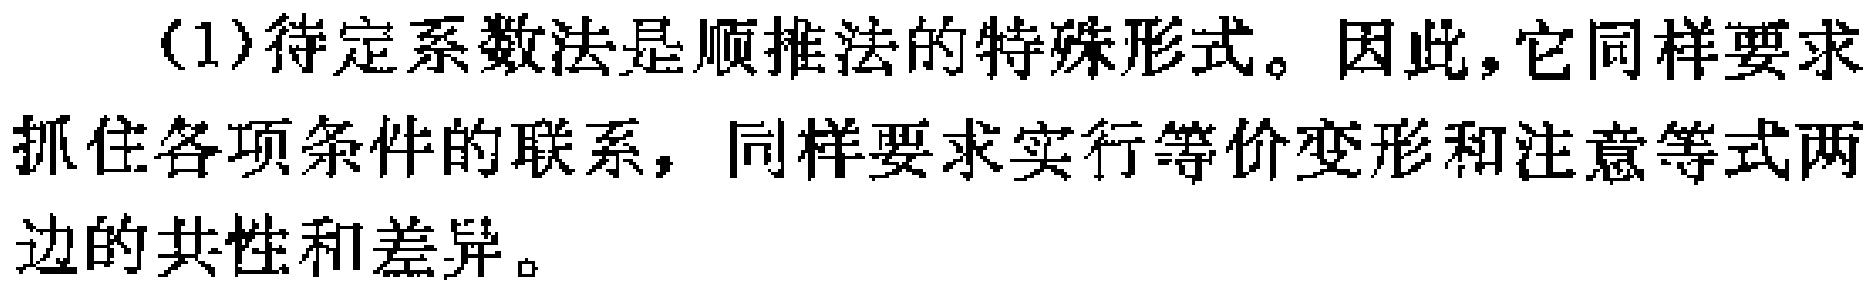
(1)待定系数法是顺推法的特殊形式。因此，它同样要求抓住各项条件的联系，同样要求实行等价变形和注意等式两边的共性和差异。